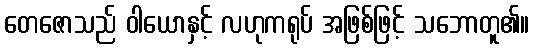
တေဇောသည် ဝါယောနှင့် လဟုကရုပ် အဖြစ်ဖြင့် သဘောတူ၏။